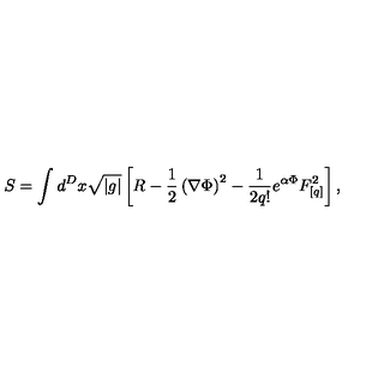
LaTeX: S = \int d ^ { D } x \sqrt { | g | } \left[ R - \frac { 1 } { 2 } \left( \nabla \Phi \right) ^ { 2 } - \frac { 1 } { 2 q ! } e ^ { \alpha \Phi } F _ { [ q ] } ^ { 2 } \right] ,